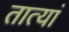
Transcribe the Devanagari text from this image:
तात्यां